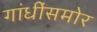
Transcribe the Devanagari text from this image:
गांधींसमोर